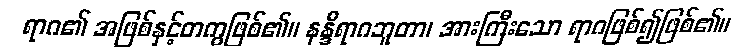
ရာဂ၏ အဖြစ်နှင့်တကွဖြစ်၏။ နန္ဒီရာဂဘူတာ၊ အားကြီးသော ရာဂဖြစ်၍ဖြစ်၏။